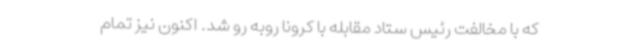
که با مخالفت رئیس ستاد مقابله با کرونا روبه رو شد. اکنون نیز تمام